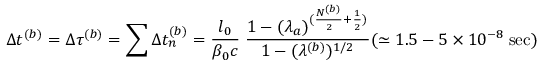
\Delta t ^ { ( b ) } = \Delta \tau ^ { ( b ) } = \sum \Delta t _ { n } ^ { ( b ) } = \frac { l _ { 0 } } { \beta _ { 0 } c } \; \frac { 1 - ( \lambda _ { a } ) ^ { ( \frac { N ^ { ( b ) } } { 2 } + \frac { 1 } { 2 } ) } } { 1 - ( \lambda ^ { ( b ) } ) ^ { 1 / 2 } } ( \simeq 1 . 5 - 5 \times 1 0 ^ { - 8 } \; \mathrm { s e c } )